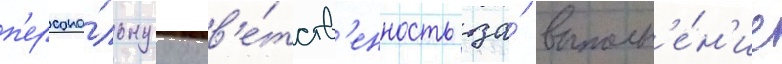
п'ерсона́льнуу отв'е́тств'енность за́ выполн'е́н'ие